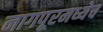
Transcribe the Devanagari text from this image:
नागपूरमध्येच